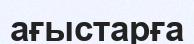
ағыстарға